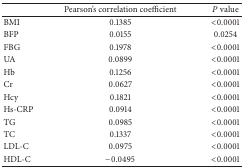
<table><thead><tr><td><b> </b></td><td><b>Pearson&#x27;s correlation coefficient</b></td><td><b><i>P</i> value</b></td></tr></thead><tbody><tr><td>BMI</td><td>0.1385</td><td>&lt;0.0001</td></tr><tr><td>BFP</td><td>0.0155</td><td>0.0254</td></tr><tr><td>FBG</td><td>0.1978</td><td>&lt;0.0001</td></tr><tr><td>UA</td><td>0.0899</td><td>&lt;0.0001</td></tr><tr><td>Hb</td><td>0.1256</td><td>&lt;0.0001</td></tr><tr><td>Cr</td><td>0.0627</td><td>&lt;0.0001</td></tr><tr><td>Hcy</td><td>0.1821</td><td>&lt;0.0001</td></tr><tr><td>Hs-CRP</td><td>0.0914</td><td>&lt;0.0001</td></tr><tr><td>TG</td><td>0.0985</td><td>&lt;0.0001</td></tr><tr><td>TC</td><td>0.1337</td><td>&lt;0.0001</td></tr><tr><td>LDL-C</td><td>0.0975</td><td>&lt;0.0001</td></tr><tr><td>HDL-C</td><td>−0.0495</td><td>&lt;0.0001</td></tr></tbody></table>